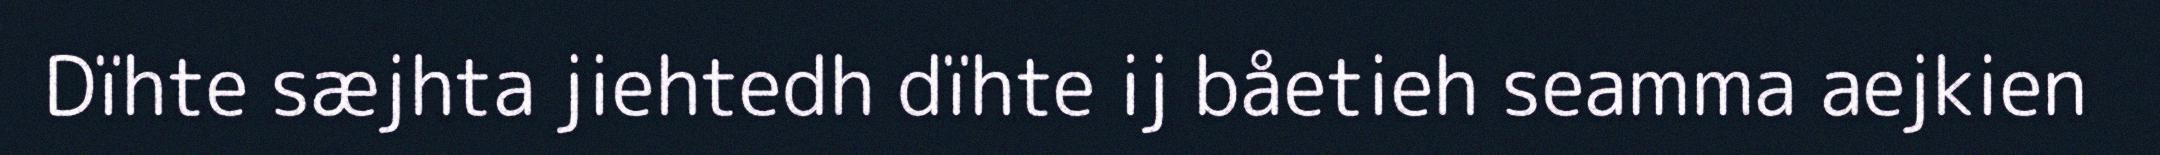
Dïhte sæjhta jiehtedh dïhte ij båetieh seamma aejkien